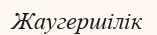
Жаугершілік